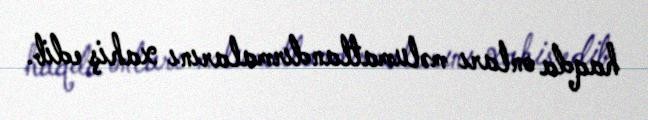
haqda onları məlumatlandırmalarını xahiş edib.